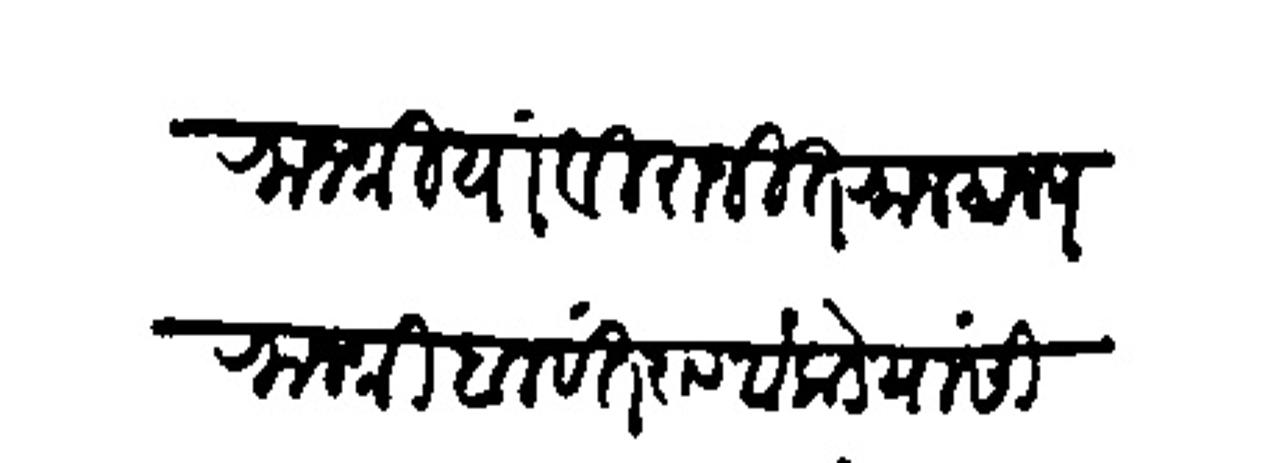
Transliteration (Devanagari): राजश्रियाविराजित राजमान्य राजश्री बलवंतराव वांकडे यांसी